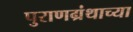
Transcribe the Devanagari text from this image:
पुराणग्रंथाच्या